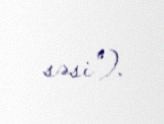
səsi").